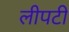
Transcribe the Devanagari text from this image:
लीपटी